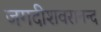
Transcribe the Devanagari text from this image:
जगदीशवरानन्द